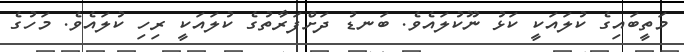
މަތީބައިގެ ކުލައަކީ ކަޅު ނޫކުލައެވެ. ބަނޑު ދަށްފަރާތުގެ ކުލައަކީ ރިހި ކުލައެވެ. މަހުގެ